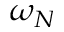
\omega _ { N }